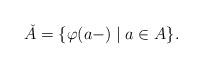
LaTeX: \begin{align*}\check{A} = \{\varphi(a-)\mid a\in A\}. \end{align*}